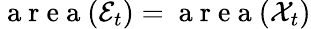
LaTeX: \mathrm{~a~r~e~a~}(\mathcal{E}_{t})=\mathrm{~a~r~e~a~}(\mathcal{X}_{t})